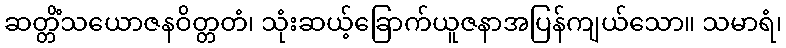
ဆတ္တိံသယောဇနဝိတ္တတံ၊ သုံးဆယ့်ခြောက်ယူဇနာအပြန်ကျယ်သော။ သမာရံ၊